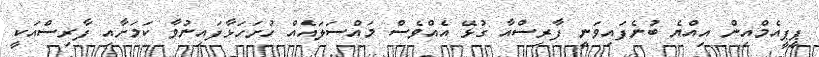
ޕީޕީއެމްއިން އިއްޔެ ބުނެފައިވަނީ ފާރިސްއާ ގުޅޭ އެއްވެސް މައްސަލައެއް ހުށަހަޅާފައިނުވާ ކަމަށާއި ފާރިސްއަކީ